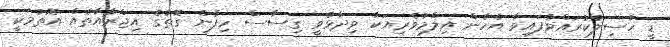
ޑީ ހާސިލުކުރައްވާފައިވާ އެހެން އިލްމުވެރިއަކު ވިދާޅުވީ ގިސާސް ހިފާނެ ގޮތުގެ އިޖްރާއާތެއް އޮތުމަކީ